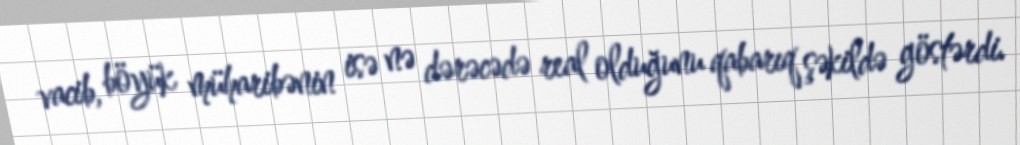
vacib, böyük müharibənin isə nə dərəcədə real olduğunu qabarıq şəkildə göstərdi.